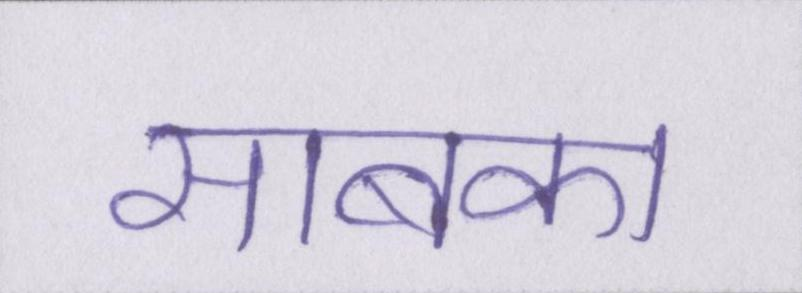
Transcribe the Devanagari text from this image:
साबका